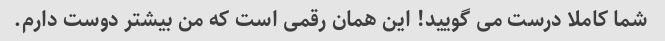
شما کاملا درست می گویید! این همان رقمی است که من بیشتر دوست دارم.